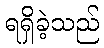
ရရှိခဲ့သည်